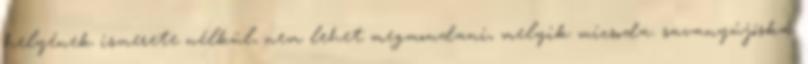
helyének ismerete nélkül, nem lehet megmondani, melyik micsoda. savanyújóska: